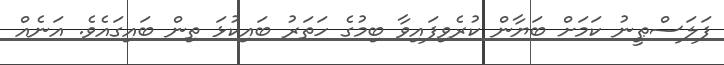
ފަލަސްޠީނު ކަމަށް ބަޔާން ކުރެވިފައިވާ ބިމުގެ ހަތަރު ބައިކުޅަ ތިން ބައިގައެވެ. އަނެއް